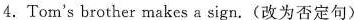
4.Tom's brother makes a sign.(改为否定句〉